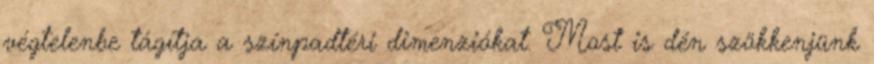
végtelenbe tágítja a színpadtéri dimenziókat. Most is dén szökkenjünk